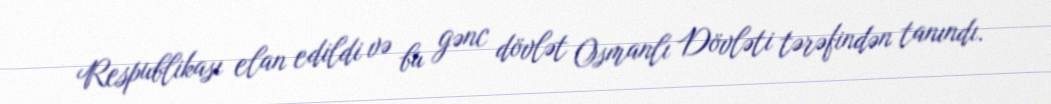
Respublikası elan edildi və bu gənc dövlət Osmanlı Dövləti tərəfindən tanındı.